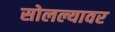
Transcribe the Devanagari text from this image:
सोलल्यावर